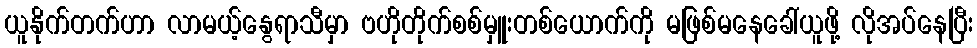
ယူနိုက်တက်ဟာ လာမယ့်နွေရာသီမှာ ဗဟိုတိုက်စစ်မှူးတစ်ယောက်ကို မဖြစ်မနေခေါ်ယူဖို့ လိုအပ်နေပြီး